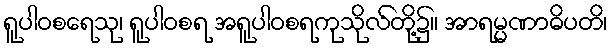
ရူပါဝစရေသု၊ ရူပါဝစရ အရူပါဝစရကုသိုလ်တို့၌။ အာရမ္မဏာဓိပတိ၊